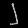
Digit: ၂